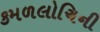
કમળલોચિની